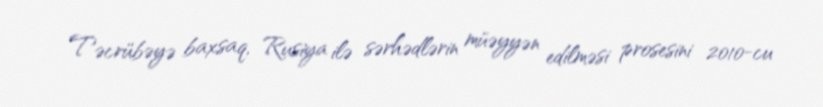
Təcrübəyə baxsaq, Rusiya ilə sərhədlərin müəyyən edilməsi prosesini 2010-cu